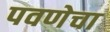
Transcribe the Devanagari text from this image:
पवणेचा